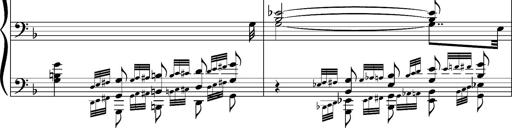
Title: Concerto sans orchestre, S.524a
Composer: Franz Liszt
Key: A major